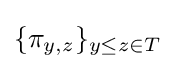
\{\pi _{y,z}\}_{y\leq z\in T}